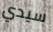
سيدي